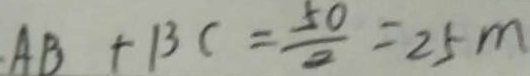
A B + B C = \frac { 5 0 } { 2 } = 2 5 m